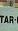
tar